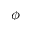
\phi